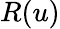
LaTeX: R(u)